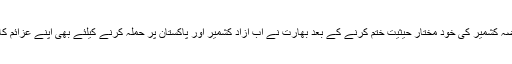
تفصیلات کے مطابق مقبوضہ کشمیر کی خود مختار حیثیت ختم کرنے کے بعد بھارت نے اب آزاد کشمیر اور پاکستان پر حملہ کرنے کیلئے بھی اپنے عزائم کا کھل کر اظہار کر دیا ہے۔